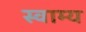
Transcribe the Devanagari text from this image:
स्वाम्य